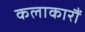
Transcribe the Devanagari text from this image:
कलाकारौं